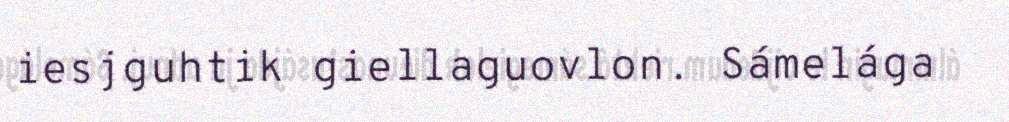
iesjguhtik giellaguovlon. Sámelága